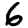
Digit: 6